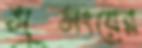
সুসংয়ের